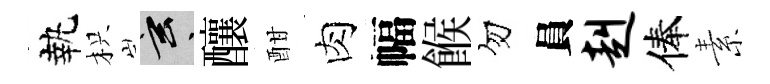
執枳玄釀酣肉幅餱勿員赳俸素